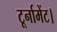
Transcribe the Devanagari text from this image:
टूर्नामेंट।